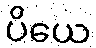
ပိယေ